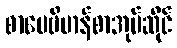
စာပေဗိမာန်စာအုပ်ဆိုင်